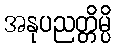
အနုပညတ္တိမ္ပိ